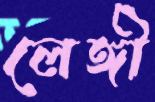
লেঙ্গী